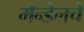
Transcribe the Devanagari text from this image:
मॅन्डेलचे